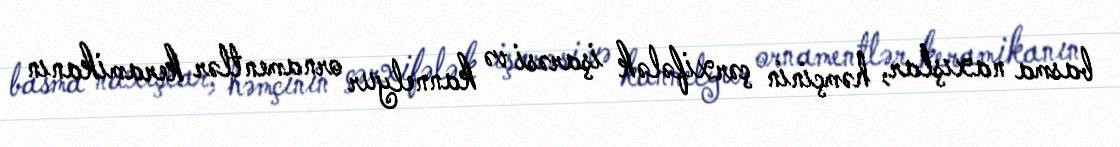
basma naxışlar, həmçinin çərxifələk işarəsi və kannelyur ornamentlər keramikanın